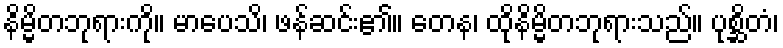
နိမ္မိတဘုရားကို။ မာပေသိ၊ ဖန်ဆင်း၏။ တေန၊ ထိုနိမ္မိတဘုရားသည်။ ပုစ္ဆိတံ၊